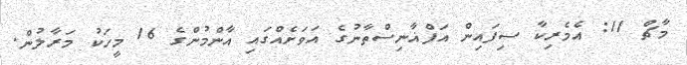
މާޗް 11: އެމެރިކާ ސިފައިން އަފްޣާނިސްތާނުގެ އަވަށެއްގައި އާންމުންގެ 16 މީހަކު މަރާލުން.